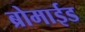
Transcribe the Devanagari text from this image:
ब्रोमाईड